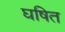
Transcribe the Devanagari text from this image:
घषित